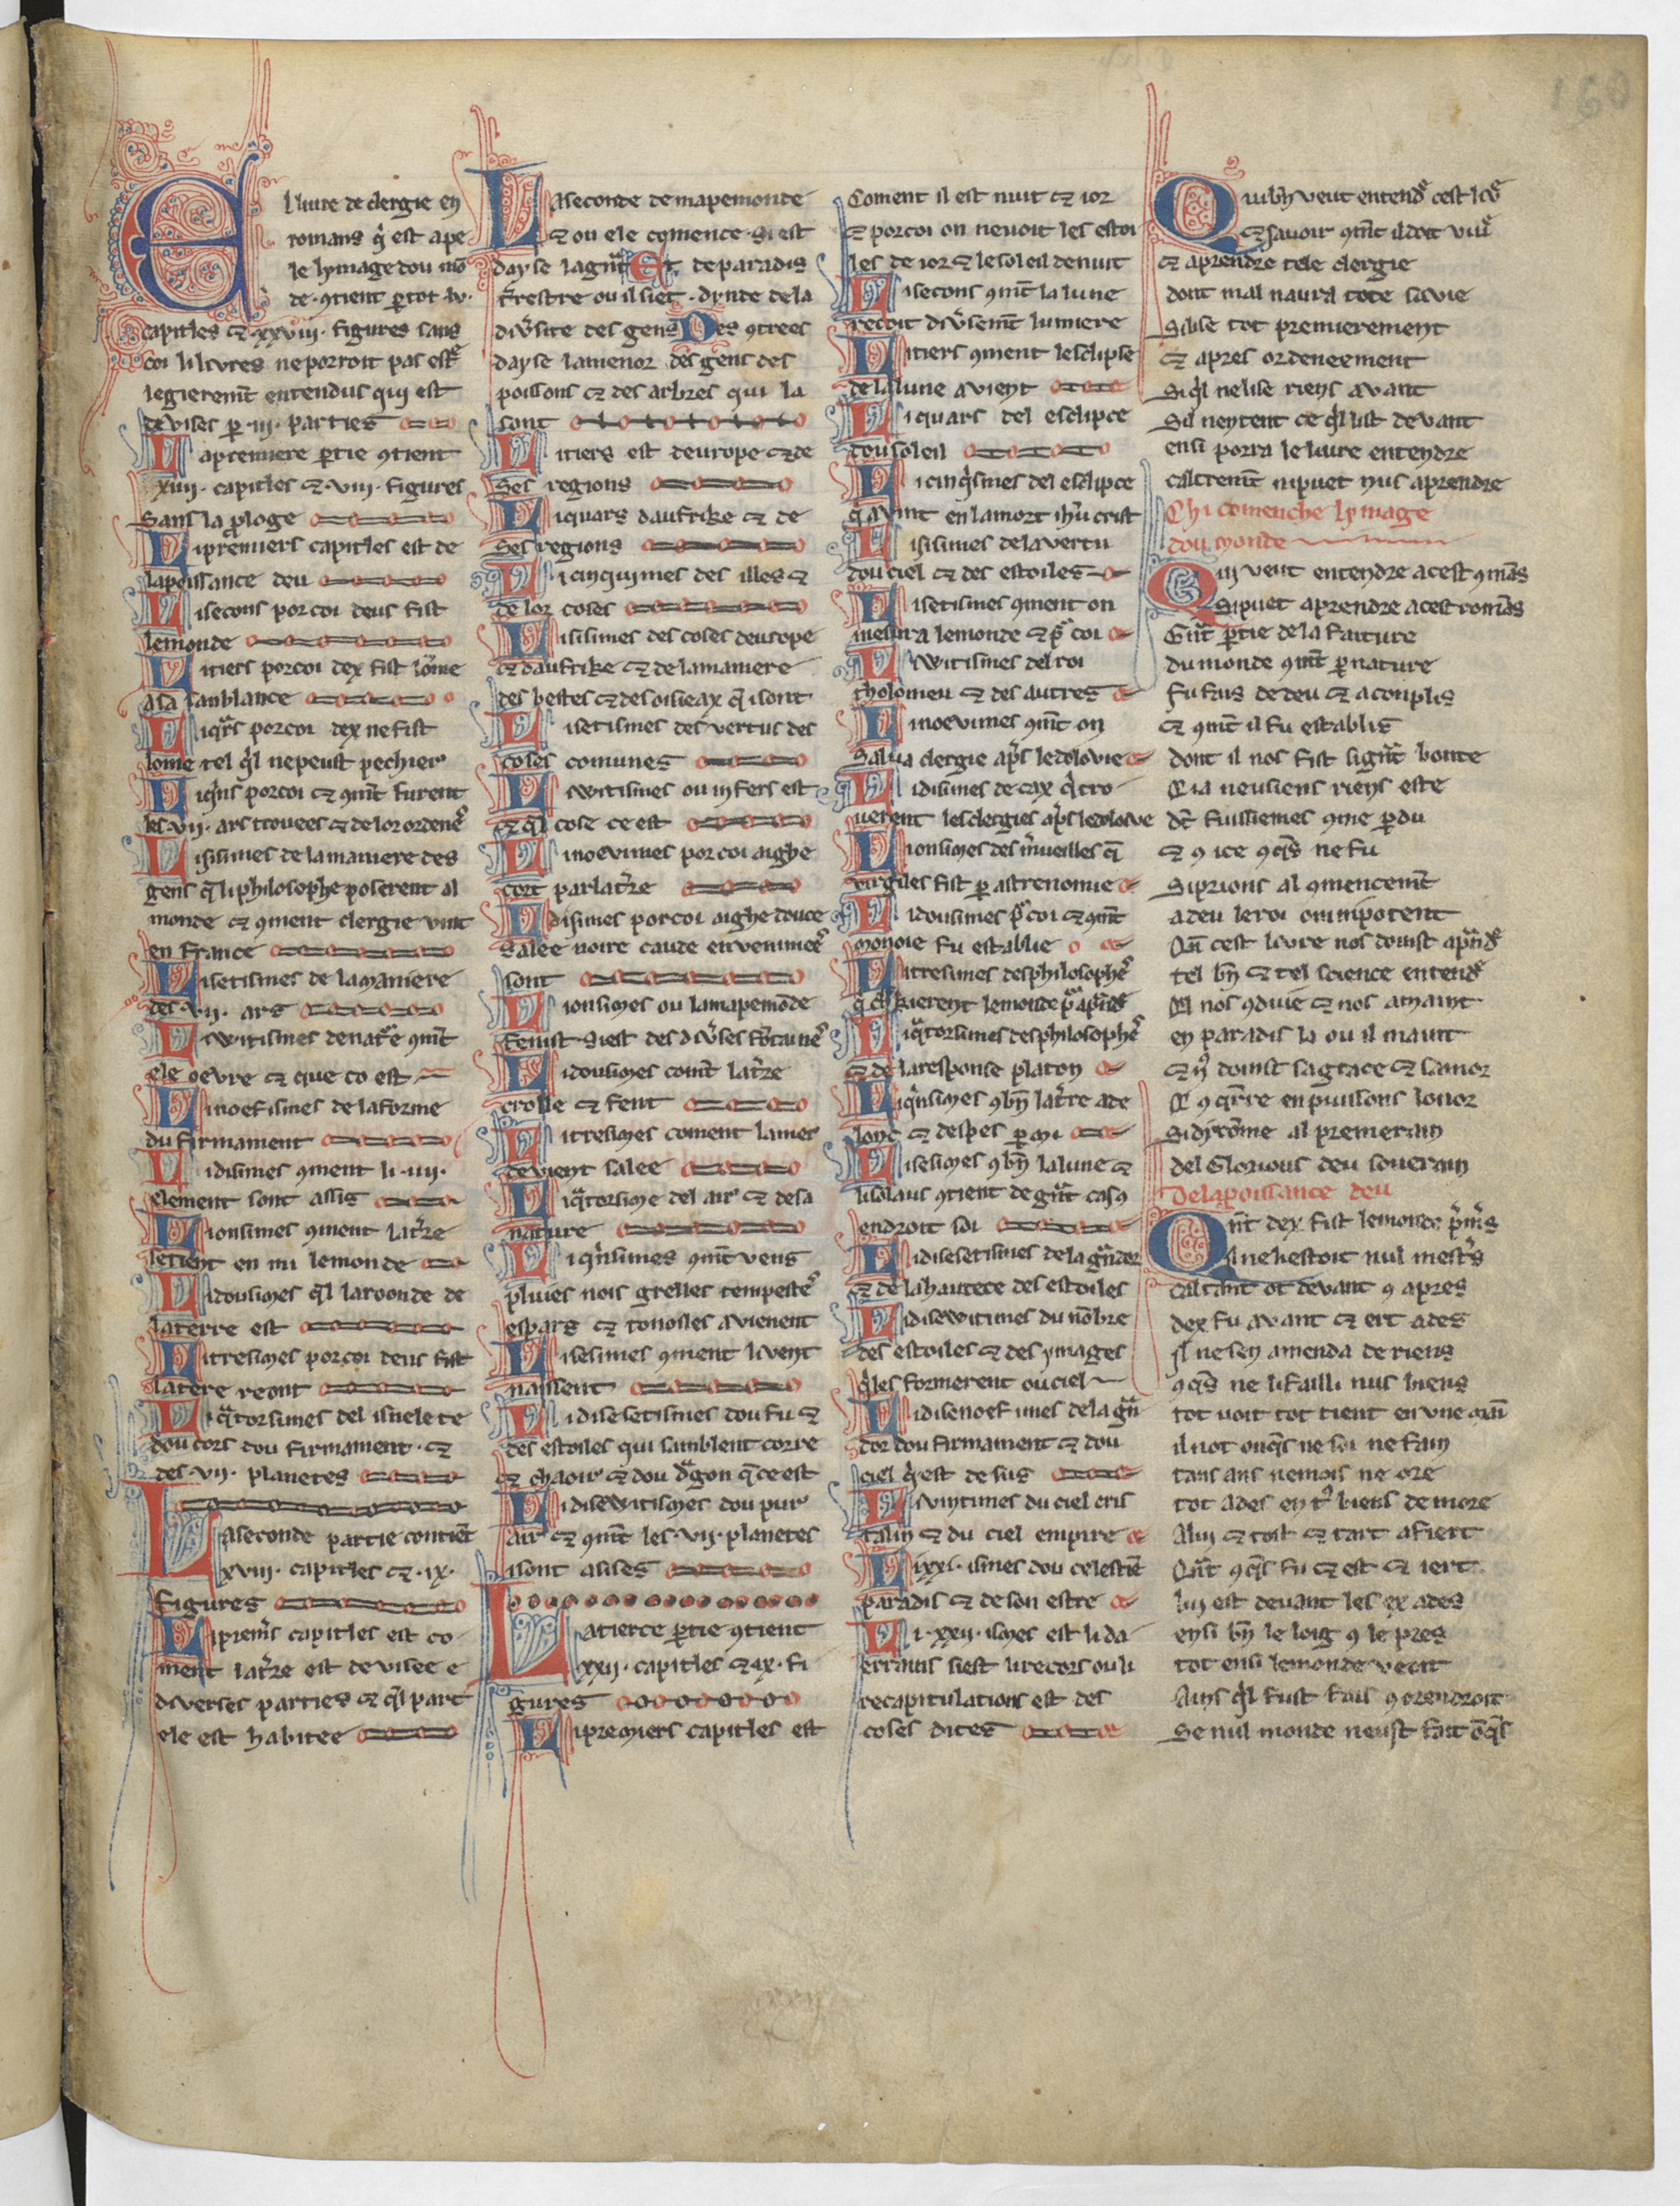
Shelfmark: Paris, BnF, Arsenal 3516
Century: 13